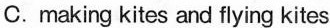
C.making kites and flying kites